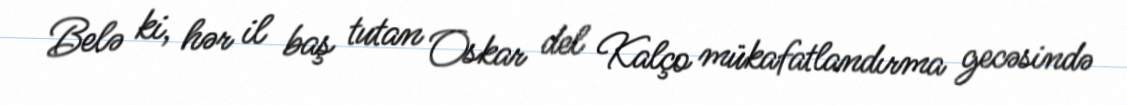
Belə ki, hər il baş tutan Oskar del Kalço mükafatlandırma gecəsində